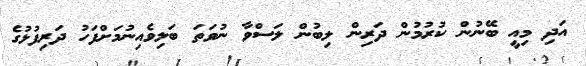
އަދި މިއީ ބޭނުން ކުރުމުން ދަރިން ލިބުން ލަސްވާ ނުވަތަ ބަލިވެއިނުމަށްފަހު ދަރިފުޅުގެ